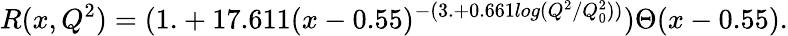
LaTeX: R(x,Q^{2})=(1.+17.611(x-0.55)^{-(3.+0.661log(Q^{2}/Q_{0}^{2}))})\Theta(x-0.55).